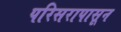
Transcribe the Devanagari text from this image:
परिसरापासून